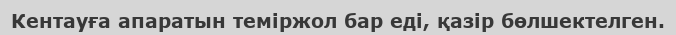
Кентауға апаратын теміржол бар еді, қазір бөлшектелген.